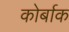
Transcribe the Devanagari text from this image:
कोर्बाक